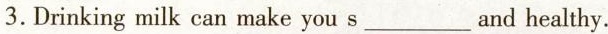
3.Drinking milk can make you s___and healthy.